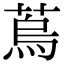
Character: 𦶀